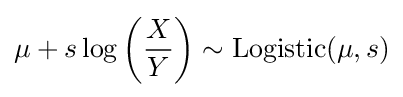
\mu +s\log \left({\frac {X}{Y}}\right)\sim \operatorname {Logistic} (\mu ,s)